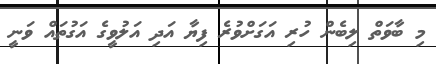
މި ބާވަތް ލިބެން ހުރި އަގަށްވުރެ ފިޔާ އަދި އަލުވީގެ އަގުތައް ވަނީ